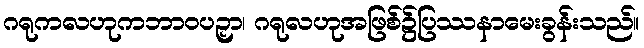
ဂရုကလဟုကဘာဝပဉှာ၊ ဂရုလဟုအဖြစ်၌ပြဿနာမေးခွန်းသည်။